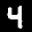
Label: 4